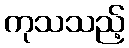
ကုသသည့်